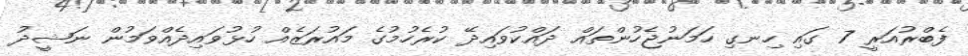
ފެބްރުއަރީ 7 ގައި ހިނގި ހަމަނުޖެހުންތައް ދައްކުވައިދޭ ކުރެހުމުގެ މައުރަޒެއް ހުޅުވައިދެއްވަމުން ނަޝީދު